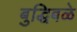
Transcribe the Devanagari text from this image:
बुद्धिबळे